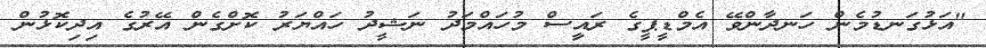
"އަޅުގަނޑުމެން ހަނދާންވޭ އެމްޑީޕީގެ ރައީިސް މުހައްމަދު ނަޝީދު ހައްޔަރު ކޮށްގެން އޭރުގެ އިދިކޮޅުން